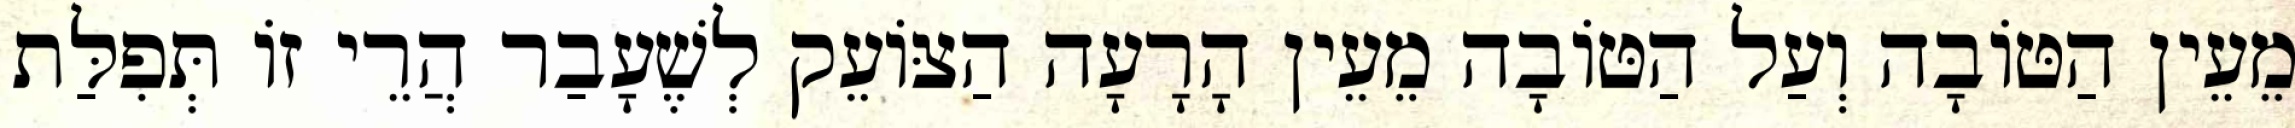
מֵעֵין הַטּוֹבָה וְעַל הַטּוֹבָה מֵעֵין הָרָעָה הַצּוֹעֵק לְשֶׁעָבַר הֲרֵי זוֹ תְּפִלַּת